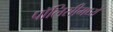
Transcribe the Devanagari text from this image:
पॉलिसीमध्ये